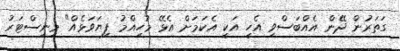
ގަތަރުން ދޭން އެއްބަސްވި އެހީ އަކީ އެކަމަށް އެޅޭ މުހިއްމު ފިޔަވަޅެއް" މިނިސްޓަރު